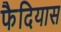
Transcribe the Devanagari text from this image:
फैदियास